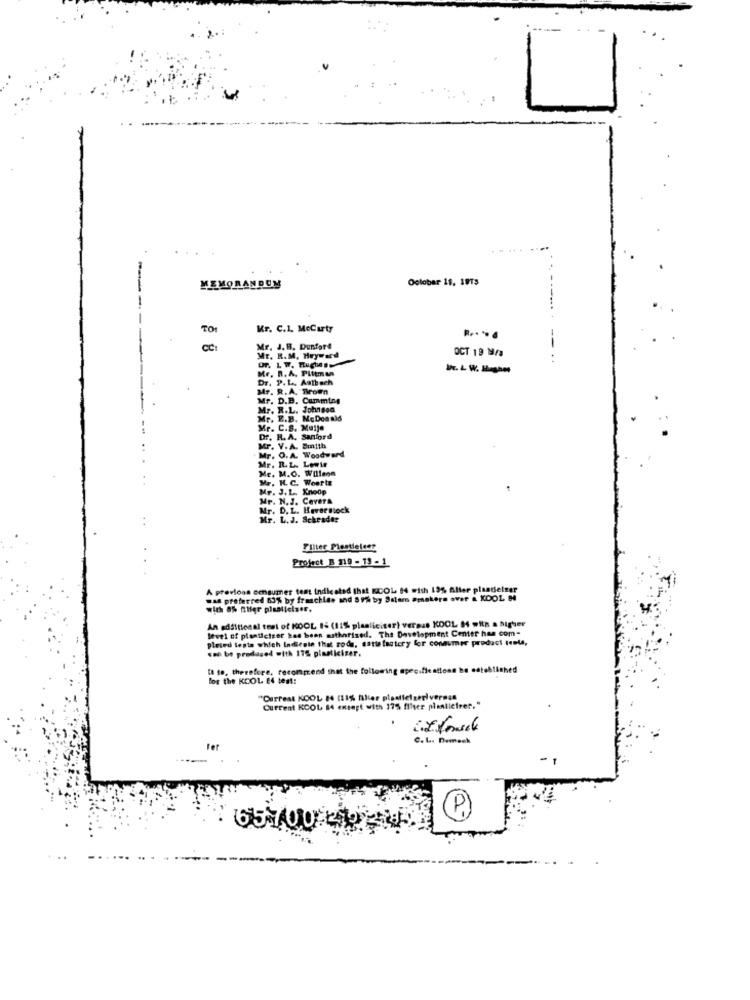
1
Oolobar 11, 1913
MEMORANDUM
-...
TO!
Mr. C.1. Mccarty
CC:
Mr. J.B. Dunford
OCT 19 19/a
--
Mr. R.M. Hryward
UT. L W. HuChe
Mr. R. A. Pittman
Dr. P.L ., Autbach
Mr. R.A. Brown
Mr. D.B. Cumming
Mr. R.L. Johnson
Mr. E.B. McDonald
Mr. C.S. Mu1je
Dr. R. A. Sanford
Mr. V.A. Smith
Mr. O. A. Woodward
Mr. R. L. Lowie
Me. M.O. Willson
Mr. H. C. Woerte
Mr. J. L. Knoop
Mr. N. J. Cevera
Mr. D. L. Hever siock
Mr. L. J. Schrader
Filter Plastieleer
Profect B 219 - 19 - 1
A previous consumer test indicated that KCOL 84 with 19% Aller plandelser
was preferred 63% by franchise and 8 9 by Salam smokers over & KOOL 84
An additional test of KOOL 14 (11% plaaliciter) versus KOOL 14 with a higher
level of planticicer has been authorised. The Development Center han com-
pleted tests which indicate that rode, satisfactory for consumer product tenta,
can be produced with 175 plasticizer.
ta to, therefore, recommend that the following
pecific attonn te
stablished
for the KCOL. 84 test:
"Ourfest KOOL 84 (11% Aller plastietzerivermas
Current KCOL 84 ensept with 175 filter plantietser."
C. L .. Demeck
-
65 700